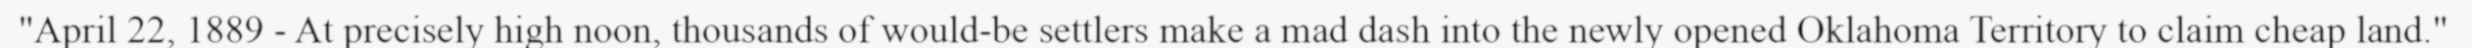
"April 22, 1889 - At precisely high noon, thousands of would-be settlers make a mad dash into the newly opened Oklahoma Territory to claim cheap land."